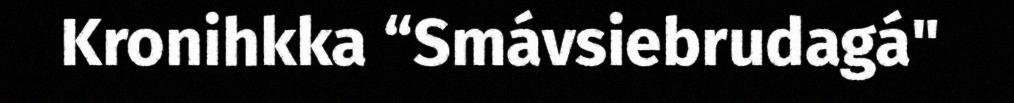
Kronihkka “Smávsiebrudagá"